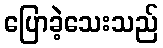
ပြောခဲ့သေးသည်